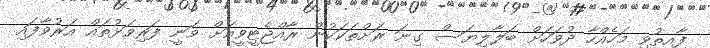
ފާއިތުވި މަހެއްހާ ދުވަހަށް ބަލާލިޔަސް ގިނަ ރަށްތަކަކުން ރާއްޖެޓީވީއަށް ވަނީ ފަރިވަޅުތައް އަރުވާފައި